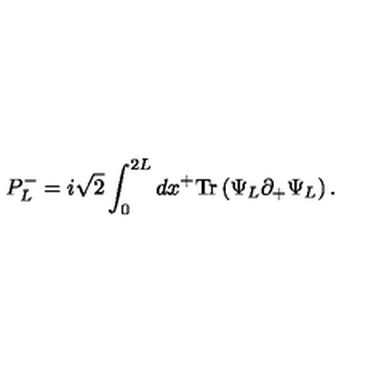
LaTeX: P _ { L } ^ { - } = { i \sqrt { 2 } } \int _ { 0 } ^ { 2 L } d x ^ { + } \mathrm { T r } \left( \Psi _ { L } \partial _ { + } \Psi _ { L } \right) .